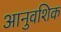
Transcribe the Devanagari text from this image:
आनुवशिक